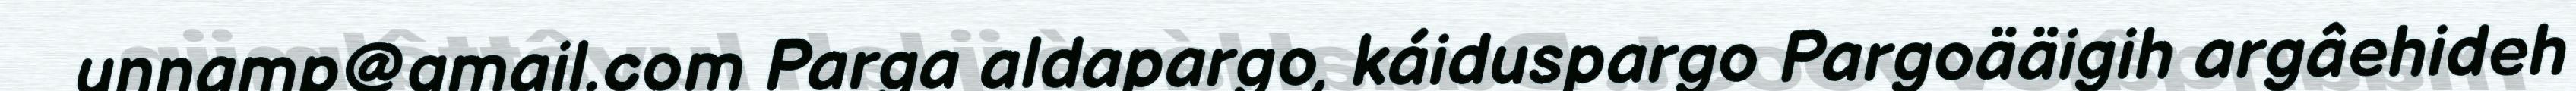
unnamp@gmail.com Parga aldapargo, káiduspargo Pargoääigih argâehideh